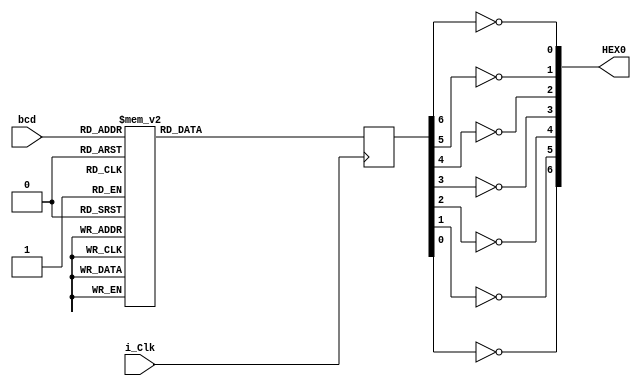
module showdigit (
	input i_Clk,
	input [3:0] bcd,
	output [6:0] HEX0
);

reg [6:0] r_Hex_Encoding = 7'h00;

 always @(posedge i_Clk)
    begin
      case (bcd)
        4'b0000 : r_Hex_Encoding <= 7'h7E;
        4'b0001 : r_Hex_Encoding <= 7'h30;
        4'b0010 : r_Hex_Encoding <= 7'h6D;
        4'b0011 : r_Hex_Encoding <= 7'h79;
        4'b0100 : r_Hex_Encoding <= 7'h33;          
        4'b0101 : r_Hex_Encoding <= 7'h5B;
        4'b0110 : r_Hex_Encoding <= 7'h5F;
        4'b0111 : r_Hex_Encoding <= 7'h70;
        4'b1000 : r_Hex_Encoding <= 7'h7F;
        4'b1001 : r_Hex_Encoding <= 7'h7B;
        4'b1010 : r_Hex_Encoding <= 7'h77;
        4'b1011 : r_Hex_Encoding <= 7'h1F;
        4'b1100 : r_Hex_Encoding <= 7'h4E;
        4'b1101 : r_Hex_Encoding <= 7'h3D;
        4'b1110 : r_Hex_Encoding <= 7'h4F;
        4'b1111 : r_Hex_Encoding <= 7'h47;
      endcase
 end
  
 assign HEX0[0] = ~r_Hex_Encoding[6];
 assign HEX0[1] = ~r_Hex_Encoding[5];
 assign HEX0[2] = ~r_Hex_Encoding[4];
 assign HEX0[3] = ~r_Hex_Encoding[3];
 assign HEX0[4] = ~r_Hex_Encoding[2];
 assign HEX0[5] = ~r_Hex_Encoding[1];
 assign HEX0[6] = ~r_Hex_Encoding[0];
endmodule